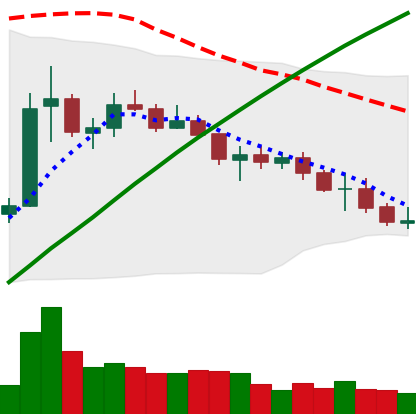
Ticker: ETC-USD
Chart end date: 2021-07-17
Forward return: 4.713%
Label: up_3_5